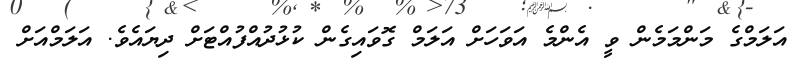
އަލަމްގެ މަންމަމެން ވީ އެންމެ އަވަހަށް އަލަމް ގޮވައިގެން ކުޅުދުއްފުއްޓަށް ދިޔައެވެ. އަލަމްއަށް